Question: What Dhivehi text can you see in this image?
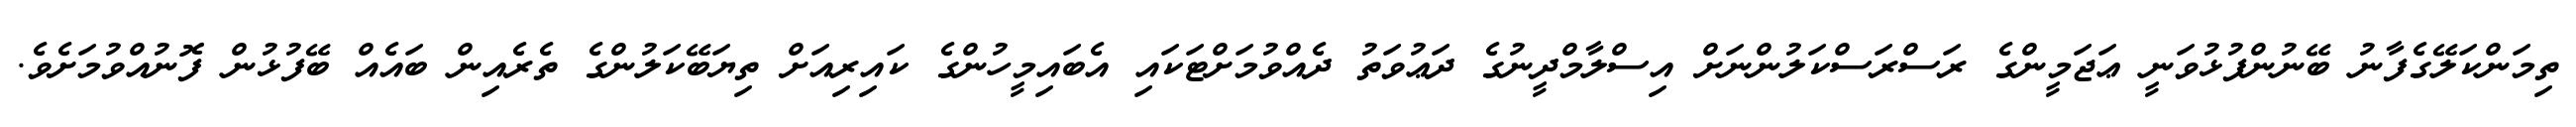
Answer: ތިމަންކަލޭގެފާނު ބޭނުންފުޅުވަނީ ޢަޖަމީންގެ ރަސްރަސްކަލުންނަށް އިސްލާމްދީނުގެ ދަޢުވަތު ދެއްވުމަށްޓަކައި އެބައިމީހުންގެ ކައިރިއަށް ތިޔަބޭކަލުންގެ ތެރެއިން ބައެއް ބޭފުޅުން ފޮނުއްވުމަށެވެ.